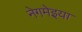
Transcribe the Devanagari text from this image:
नेगमेइया